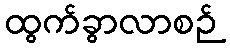
ထွက်ခွာလာစဉ်